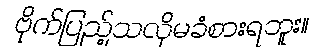
ဗိုက်ပြည့်သလိုမခံစားရဘူး။